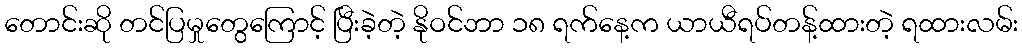
တောင်းဆို တင်ပြမှုတွေကြောင့် ပြီးခဲ့တဲ့ နိုဝင်ဘာ ၁၈ ရက်နေ့က ယာယီရပ်တန့်ထားတဲ့ ရထားလမ်း